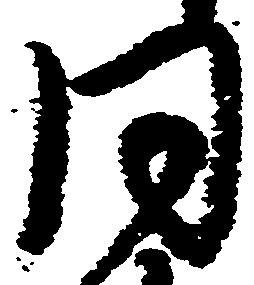
同